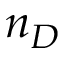
n _ { D }